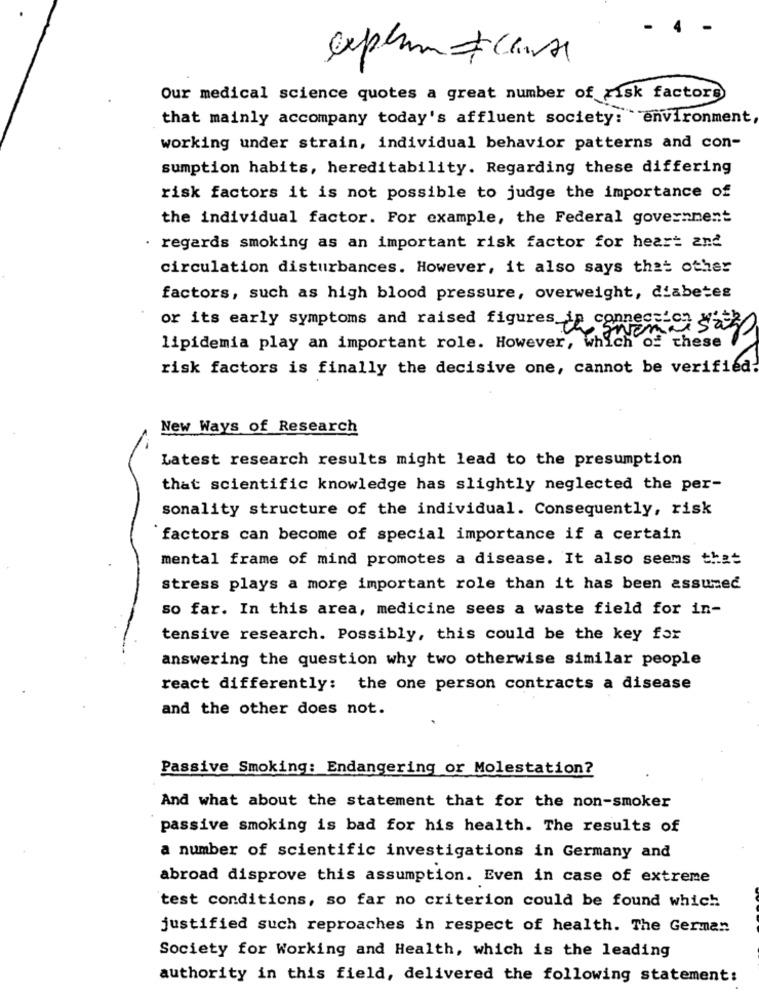
-
explain & cause
Our medical science quotes a great number of risk factors
that mainly accompany today's affluent society: environment,
working under strain, individual behavior patterns and con-
sumption habits, hereditability. Regarding these differing
risk factors it is not possible to judge the importance of
the individual factor. For example, the Federal government
· regards smoking as an important risk factor for heart and
circulation disturbances. However, it also says that other
factors, such as high blood pressure, overweight, diabetes
or its early symptoms and raised figures_in connection
lipidemia play an important role. However, which of these
risk factors is finally the decisive one, cannot be verified.
New Ways of Research
Latest research results might lead to the presumption
that scientific knowledge has slightly neglected the per-
sonality structure of the individual. Consequently, risk
factors can become of special importance if a certain
mental frame of mind promotes a disease. It also seems that
stress plays a more important role than it has been assumed
so far. In this area, medicine sees a waste field for in-
tensive research. Possibly, this could be the key for
answering the question why two otherwise similar people
react differently: the one person contracts a disease
and the other does not.
Passive Smoking: Endangering or Molestation?
And what about the statement that for the non-smoker
passive smoking is bad for his health. The results of
a number of scientific investigations in Germany and
abroad disprove this assumption. Even in case of extreme
test conditions, so far no criterion could be found which
justified such reproaches in respect of health. The German
Society for Working and Health, which is the leading
authority in this field, delivered the following statement: